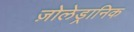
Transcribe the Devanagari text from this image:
ज़ोलेड्रानिक